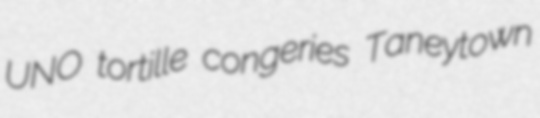
UNO tortille congeries Taneytown